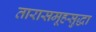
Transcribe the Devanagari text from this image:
तारासमूहसुद्धा